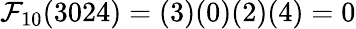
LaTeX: \mathcal{F}_{10}(3024)=(3)(0)(2)(4)=0